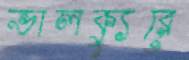
ভালক্যুরে